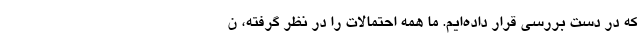
که در دست بررسی قرار داده‌ایم. ما همه احتمالات را در نظر گرفته، ن